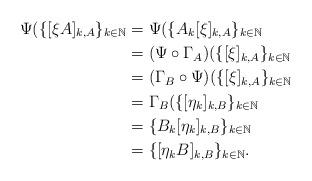
LaTeX: \begin{align*}\Psi( \{ [\xi A]_{k,A}\}_{k\in{\mathbb N}}& = \Psi ( \{ A_k[\xi]_{k,A}\}_{k\in{\mathbb N}} \\& = (\Psi\circ \Gamma_A)(\{ [\xi]_{k,A}\}_{k\in{\mathbb N}} \\& = (\Gamma_B\circ \Psi) (\{ [\xi]_{k,A}\}_{k\in{\mathbb N}} \\& = \Gamma_B ( \{ [\eta_k]_{k,B}\}_{k\in{\mathbb N}} \\& = \{ B_k[\eta_k]_{k,B}\}_{k\in{\mathbb N}} \\& = \{ [\eta_k B]_{k,B}\}_{k\in{\mathbb N}}.\end{align*}